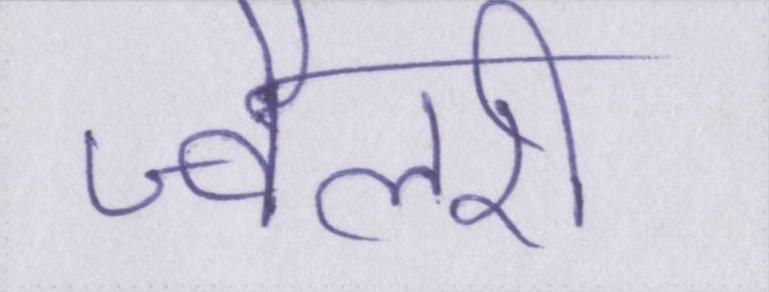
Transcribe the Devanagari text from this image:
ज्वैलरी